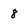
Character: 8